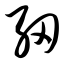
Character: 纫